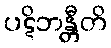
ပဋိဘန္တီတိ